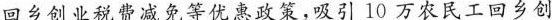
回乡创业税费减免等优惠政策，吸引10万农民工回乡创